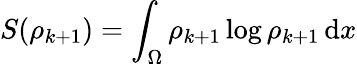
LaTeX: S(\rho_{k+1})=\int_{\Omega}\rho_{k+1}\log\rho_{k+1}\, \mathrm{d}x